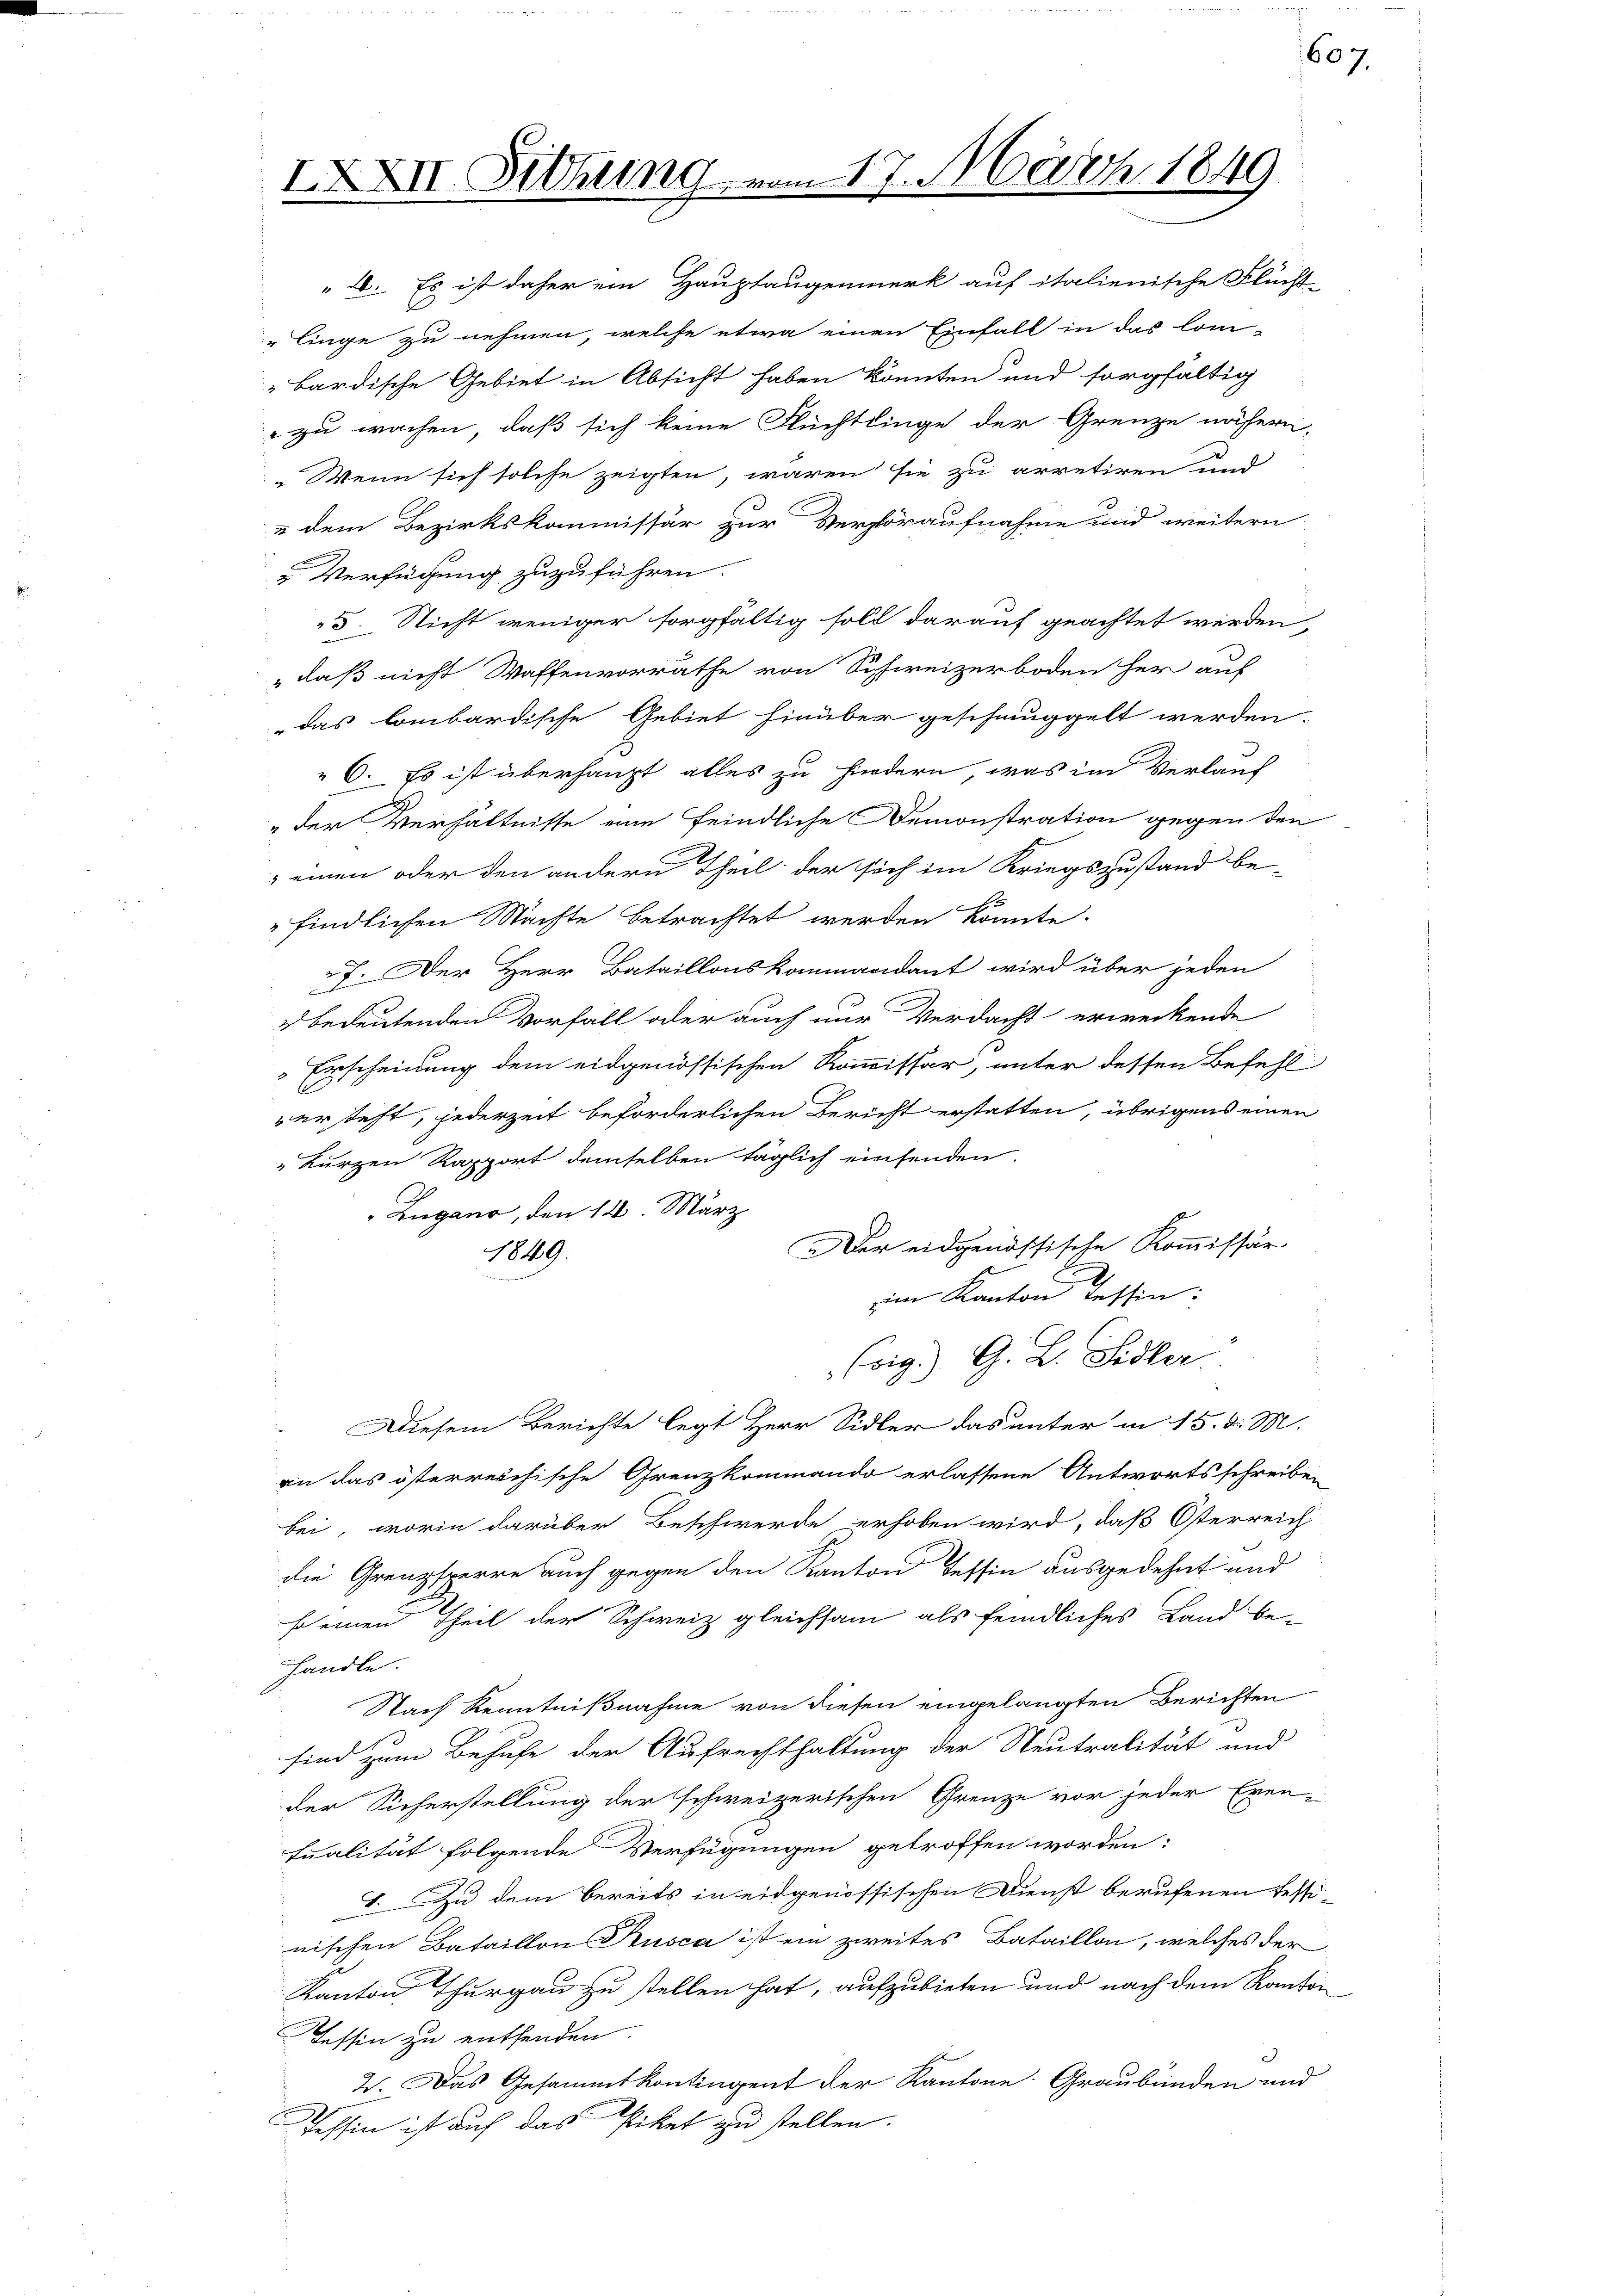
IXXII. Setzung

17. März 1849

607.

2. Es ist daher ein Hauptaugenmerk auf italienische Flücht-
"linge zu nehmen, welche etwa einen Einfall in das lon-
bardische Gebiet in Absicht haben könnten und sorgfältig
zu wachen, daß sich keine Flüchtlinge der Grenze nähern,
Wenn sich solche zeigten, wären sie zu arretiren und
& dem Bezirkskommissär zur Verstoraufnahme und weitern
Verfügung zuzuführen.
5. Nicht weniger sorgfältig soll darauf geachtet werden,
" daß nicht Waffenvorräthe von Schweizerboden her auf
das lombardische Gebiet hinüber geschmuggelt werden.
 6. Es ist überhaupt alles zu hindern, was im Verlauf
"der Verhältnisse eine feindliche Demonstration gegen den
einen oder den andern Theil der sich im Kriegszustand be-
findlichen Machte betrachtet werden könnte.
7. Der Herr Bataillonskommandant wird über jeden
ebedeutenden Vorfall oder auch nur Verdacht erweckende
 Erscheinung dem eidgenössischen Kommissär, unter dessen Befehl
er steht, jederzeit beförderlichen Bericht erstatten, übrigens einen
" kurzen Rapport demselben täglich einsenden.
C
"Zugano, den 14. März
Der eidgenössische Kommissär
1849.
im Kanton Tessin:
Coig.) G. B. Sidler
Diesem Berichte legt Herr Sidler das unter in 15. d. M.
rn das österreichische Grenzkommando erlassene Antwortsschreiben
bei, worin darüber Beschwerde erhoben wird, daß Osterreich
die Grenzsperre auch gegen den Kanton Tessin ausgedehnt und
f einen Theil der Schweiz gleichsam als feindliches Land be-
handle.
Nach Kenntnißnahme von diesen eingelangten Berichten
sind zum Behufe der Aufrechthaltung der Neutralität und
der Sicherstellung der schweizerischen Grenze vor jeder Even-
tualität folgende Verfügungen getroffen worden:
7. Zu dem bereits in eidgenössischen Dienst berufenen Tessi-
nischen Bataillon Kusca ist ein zweites Bataillon, welches der
Kanton Thurgau zu stellen hat, aufzubieten und nach dem Kanton
Tessin zu entfenden.
E
2. Das Gesammtkontingent der Kantone: Graubünden und
Tessin ist auf das Piket zu stellen.

e